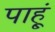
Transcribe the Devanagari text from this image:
पाहू्ं